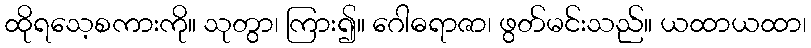
ထိုရသေ့စကားကို။ သုတွာ၊ ကြား၍။ ဂေါဓရာဇာ၊ ဖွတ်မင်းသည်။ ယထာယထာ၊